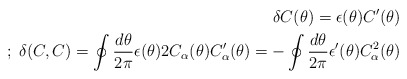
\begin{align*}\delta C(\theta) = \epsilon(\theta) C'(\theta) \\;\; \delta (C,C) = \oint \frac{d \theta}{2\pi}\epsilon(\theta) 2 C_{\alpha}(\theta) C'_{\alpha}(\theta) =-\oint \frac{d \theta}{2\pi}\epsilon'(\theta)C_{\alpha}^2(\theta)\end{align*}